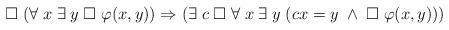
LaTeX: \begin{align*}\Box \; (\forall \; x \; \exists \; y \; \Box \; \varphi(x,y))\Rightarrow (\exists \; c \; \Box \; \forall \; x \; \exists \; y \; (cx=y \; \wedge \; \Box \; \varphi(x,y)))\end{align*}